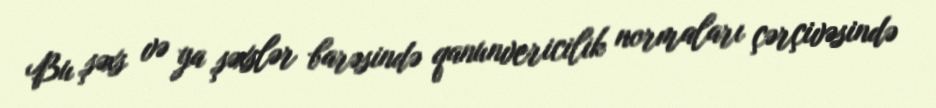
Bu şəxs və ya şəxslər barəsində qanunvericilik normaları çərçivəsində